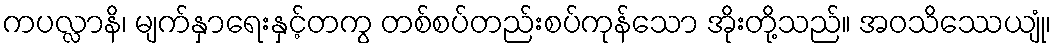
ကပလ္လာနိ၊ မျက်နှာရေးနှင့်တကွ တစ်စပ်တည်းစပ်ကုန်သော အိုးတို့သည်။ အဝသိဿေယျုံ၊